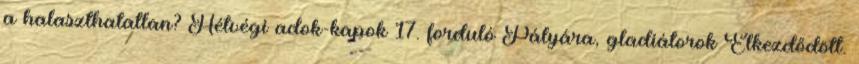
a halaszthatatlan? Hétvégi adok-kapok 17. forduló Pályára, gladiátorok Elkezdődött.